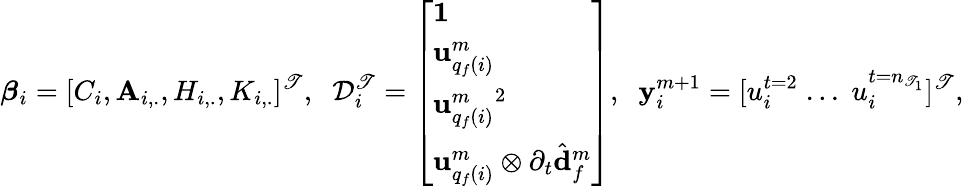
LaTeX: \boldsymbol{\beta}_{i}=[C_{i},\mathbf{A}_{i,.},H_{i,.},K_{i,.}]^{\mathscr{T}},\; \; \mathcal{{D}}_{i}^{\mathscr{T}}=\left[\begin{array}{l}{\mathbf{1}}\\ {\mathbf{u}_{q_{f}(i)}^{m}}\\ {{\mathbf{u}_{q_{f}(i)}^{m}}^{2}}\\ {\mathbf{u}_{q_{f}(i)}^{m}\otimes\partial_{t}\hat{\mathbf{d}}_{f}^{m}}\end{array}\right],\; \; \mathbf{{y}}_{i}^{m+1}=[u_{i}^{t=2}\; ...\; u_{i}^{t=n_{\mathscr{T}_{1}}}]^{\mathscr{T}},